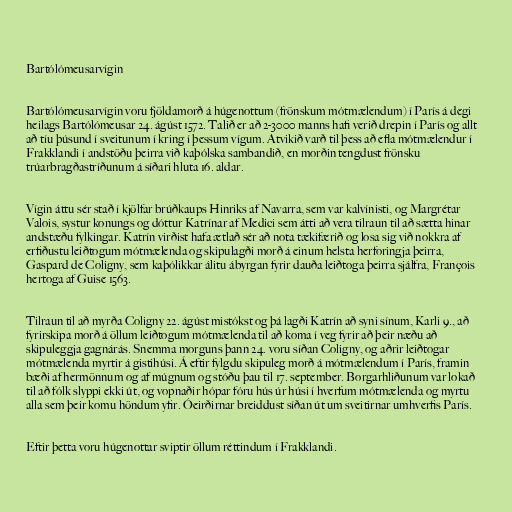
Bartólómeusarvígin

Bartólómeusarvígin voru fjöldamorð á húgenottum (frönskum mótmælendum) í París á degi
heilags Bartólómeusar 24. ágúst 1572. Talið er að 2-3000 manns hafi verið drepin í París og allt
að tíu þúsund í sveitunum í kring í þessum vígum. Atvikið varð til þess að efla mótmælendur í
Frakklandi í andstöðu þeirra við kaþólska sambandið, en morðin tengdust frönsku
trúarbragðastríðunum á síðari hluta 16. aldar.

Vígin áttu sér stað í kjölfar brúðkaups Hinriks af Navarra, sem var kalvínisti, og Margrétar
Valois, systur konungs og dóttur Katrínar af Medici sem átti að vera tilraun til að sætta hinar
andstæðu fylkingar. Katrín virðist hafa ætlað sér að nota tækifærið og losa sig við nokkra af
erfiðustu leiðtogum mótmælenda og skipulagði morð á einum helsta herforingja þeirra,
Gaspard de Coligny, sem kaþólikkar álitu ábyrgan fyrir dauða leiðtoga þeirra sjálfra, François
hertoga af Guise 1563.

Tilraun til að myrða Coligny 22. ágúst mistókst og þá lagði Katrín að syni sínum, Karli 9., að
fyrirskipa morð á öllum leiðtogum mótmælenda til að koma í veg fyrir að þeir næðu að
skipuleggja gagnárás. Snemma morguns þann 24. voru síðan Coligny, og aðrir leiðtogar
mótmælenda myrtir á gistihúsi. Á eftir fylgdu skipuleg morð á mótmælendum í París, framin
bæði af hermönnum og af múgnum og stóðu þau til 17. september. Borgarhliðunum var lokað
til að fólk slyppi ekki út, og vopnaðir hópar fóru hús úr húsi í hverfum mótmælenda og myrtu
alla sem þeir komu höndum yfir. Óeirðirnar breiddust síðan út um sveitirnar umhverfis París.

Eftir þetta voru húgenottar sviptir öllum réttindum í Frakklandi.